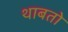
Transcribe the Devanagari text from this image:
थाबतो